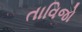
તાવિજો